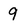
Character: 9